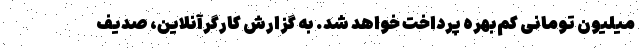
میلیون تومانی کم‌بهره پرداخت خواهد شد. به گزارش کارگرآنلاین، صدیف